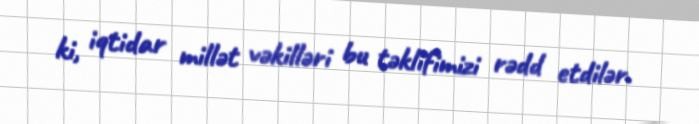
ki, iqtidar millət vəkilləri bu təklifimizi rədd etdilər.